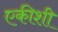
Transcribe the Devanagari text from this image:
एकीशी